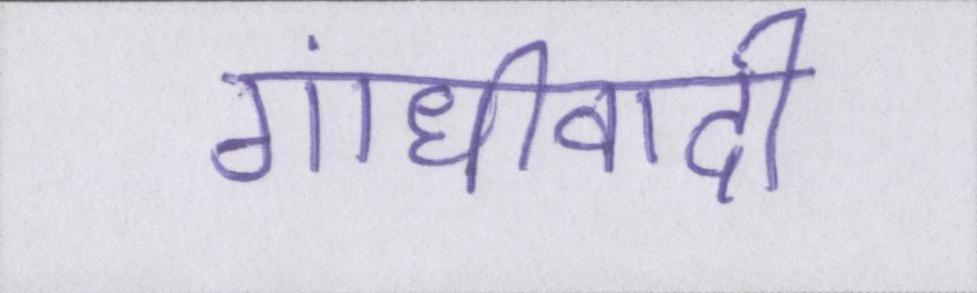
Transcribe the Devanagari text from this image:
गांधीवादी